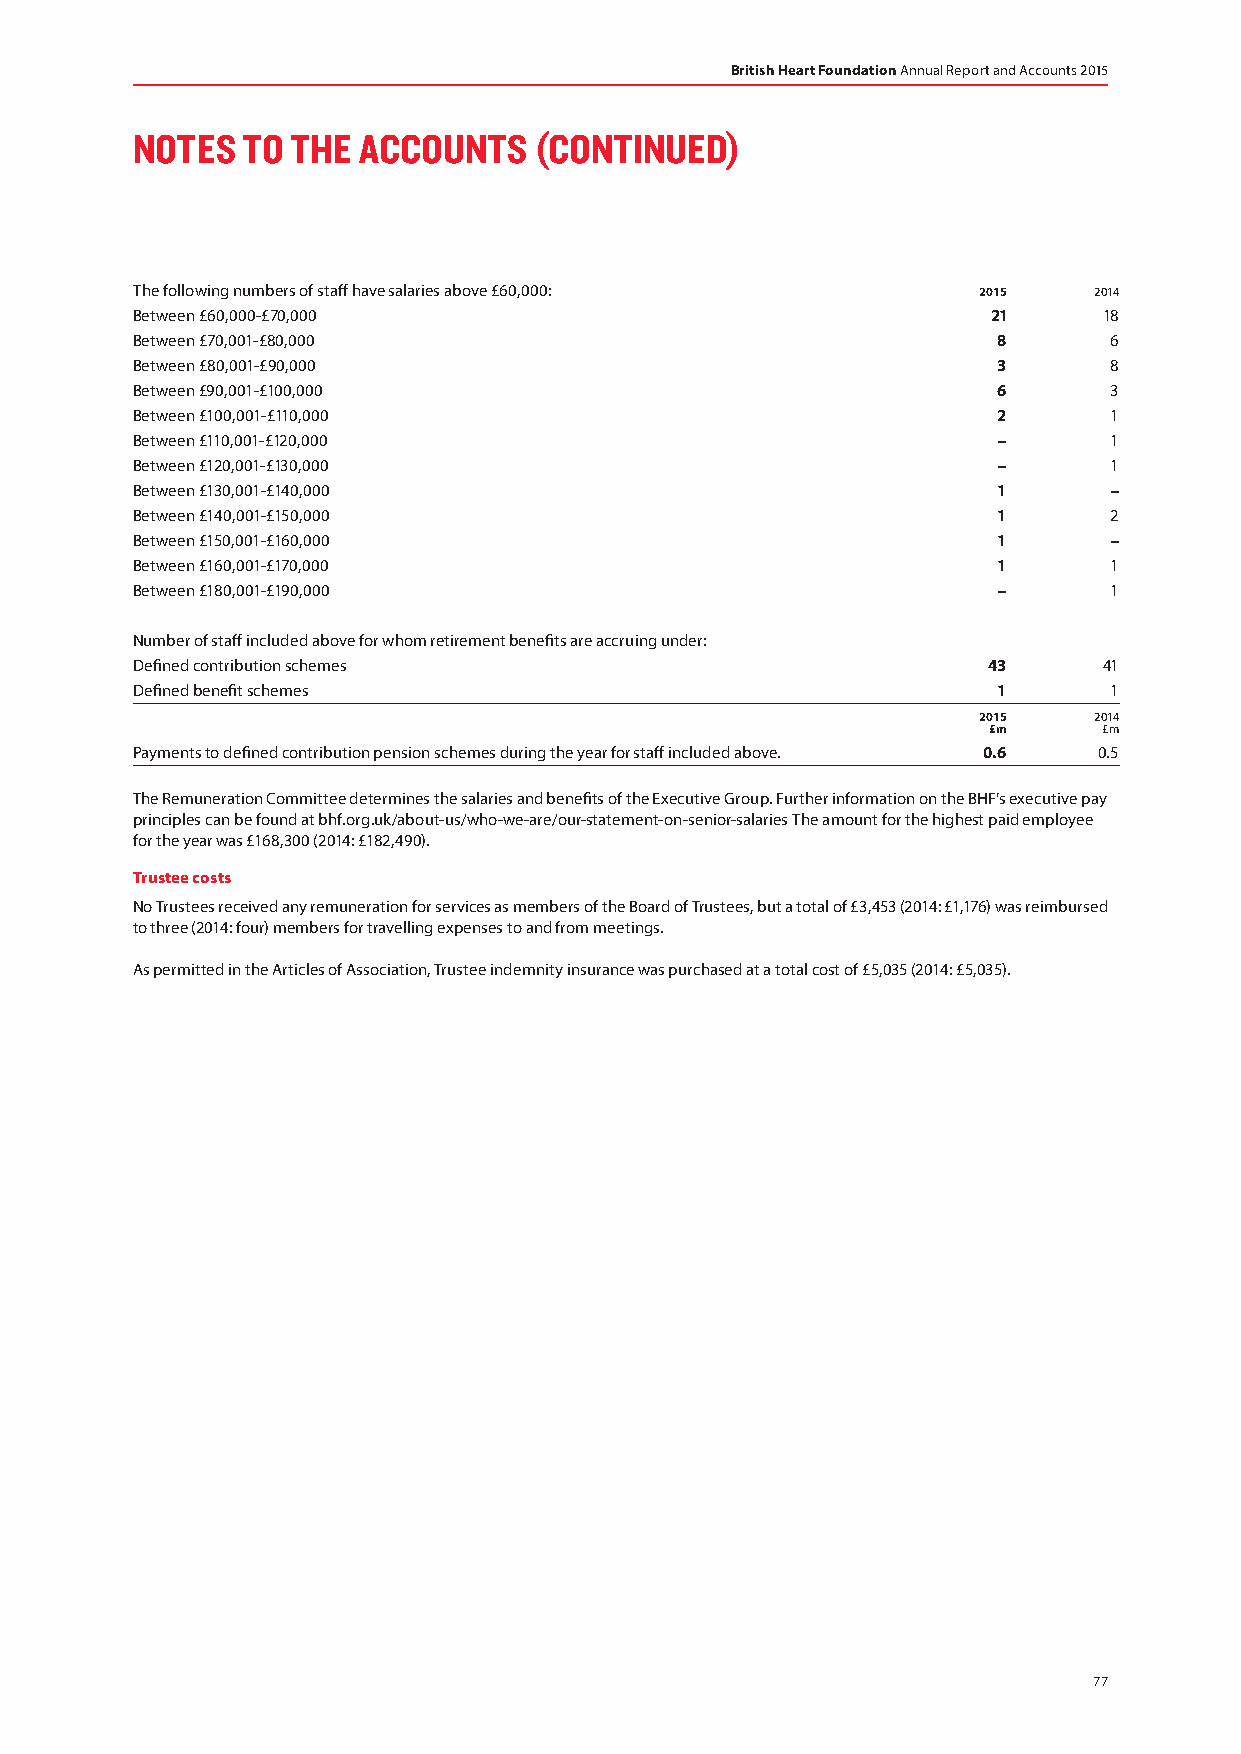
British Heart Foundation Annual Report and Accounts 2015
 NOTES  TO THE  ACCOUNTS   (CONTINUED)
 The following numbers of staff have salaries above £60,000: 2015 2014
 Between £60,000-£70,000                                  21     18
 Between £70,001-£80,000                                  8      6
 Between £80,001-£90,000                                  3      8
 Between £90,001-£100,000                                 6      3
 Between £100,001-£110,000                                2      1
 Between £110,001-£120,000                                –      1
 Between £120,001-£130,000                                –      1
 Between £130,001-£140,000                                1      –
 Between £140,001-£150,000                                1      2
 Between £150,001-£160,000                                1      –
 Between £160,001-£170,000                                1      1
 Between £180,001-£190,000                                –      1
 Number of staff included above for whom retirement benefits are accruing under:
 Defined contribution schemes                            43      41
 Defined benefit schemes                                  1      1
 2015   2014
 £m      £m
 Payments to defined contribution pension schemes during the year for staff included above. 0.6 0.5
 The Remuneration Committee determines the salaries and benefits of the Executive Group. Further information on the BHF’s executive pay
 principles can be found at bhf.org.uk/about-us/who-we-are/our-statement-on-senior-salaries The amount for the highest paid employee
 for the year was £168,300 (2014: £182,490).
 Trustee costs
 No Trustees received any remuneration for services as members of the Board of Trustees, but a total of £3,453 (2014: £1,176) was reimbursed
 to three (2014: four) members for travelling expenses to and from meetings.
 As permitted in the Articles of Association, Trustee indemnity insurance was purchased at a total cost of £5,035 (2014: £5,035).
 77